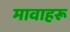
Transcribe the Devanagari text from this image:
मावाहरू